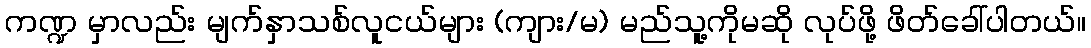
ကဏ္ဍ မှာလည်း မျက်နှာသစ်လူငယ်များ (ကျား/မ) မည်သူ့ကိုမဆို လုပ်ဖို့ ဖိတ်ခေါ်ပါတယ်။